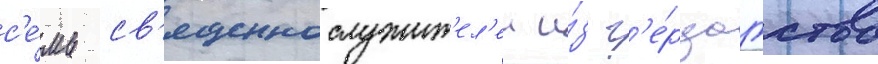
с'е́мь св'ященнослужит'ел'еи и́з г'е́рцогства